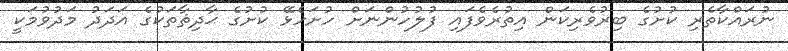
ނުރައްކާތެރި ކުށުގެ ބިރުވެރިކަން އިތުރެވެފައި ފުލުހުންނަށް ހުށަހެޅޭ ކުށުގެ ޙާދިޘާތަކުގެ އަދަދު މަދުވުމަކީ